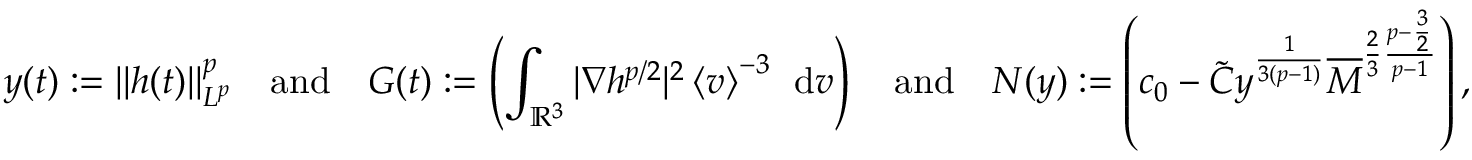
y ( t ) : = \| h ( t ) \| _ { L ^ { p } } ^ { p } \quad \mathrm { a n d } \quad G ( t ) : = \left( \int _ { \ensuremath { { \mathbb R } } ^ { 3 } } | \nabla h ^ { p / 2 } | ^ { 2 } \left\langle v \right\rangle ^ { - 3 } \; \, \mathrm { d } v \right) \quad \mathrm { a n d } \quad N ( y ) : = \left( c _ { 0 } - \tilde { C } y ^ { \frac { 1 } { 3 ( p - 1 ) } } \overline { { M } } ^ { \frac { 2 } { 3 } \frac { p - \frac { 3 } { 2 } } { p - 1 } } \right) ,